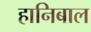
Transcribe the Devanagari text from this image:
हानिबाल